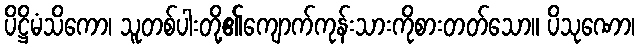
ပိဋ္ဌိမံသိကော၊ သူတစ်ပါးတို့၏ကျောက်ကုန်းသားကိုစားတတ်သော။ ပိသုဏော၊